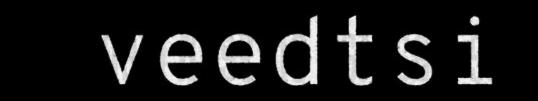
veedtsi